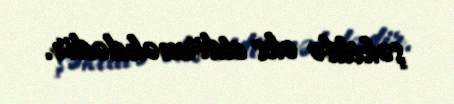
şəkildə əks etdirməkdədir.